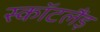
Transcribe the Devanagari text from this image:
स्कॉटलैंड़